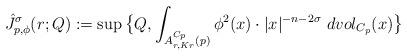
LaTeX: \begin{align*} \hat{J}^{\sigma}_{p, \phi}(r; Q):= \sup\big\{Q, \int_{A^{C_p}_{r, Kr}(p)} \phi^2(x)\cdot |x|^{-n-2\sigma}\ dvol_{C_p}(x) \big\} \end{align*}